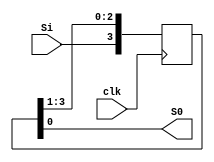
`timescale 1ns / 1ps
//////////////////////////////////////////////////////////////////////////////////
// Company: 
// Engineer: 
// 
// Design Name: 
// Module Name: SISO_SR
// Project Name: 
// Target Devices: 
// Tool Versions: 
// Description: 
// 
// Dependencies: 
// 
// Revision:
// Revision 0.01 - File Created
// Additional Comments:
// 
//////////////////////////////////////////////////////////////////////////////////


module SISO_SR(clk,Si,S0);
input Si;
input clk;
output S0;
reg [3:0]q;

always@(posedge clk)
begin 

    q[3] <= Si;
    q[2] <= q[3];
    q[1]<= q[2];
    q[0]<= q[1];
    
end
  assign S0 = q[0];
endmodule